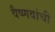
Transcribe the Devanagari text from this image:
वैष्णवांची